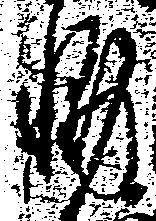
輔